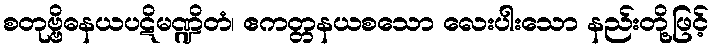
စတုဗ္ဗိဓနယပဋိမဏ္ဍိတံ၊ ဧကတ္တနယစသော လေးပါးသော နည်းတို့ဖြင့်